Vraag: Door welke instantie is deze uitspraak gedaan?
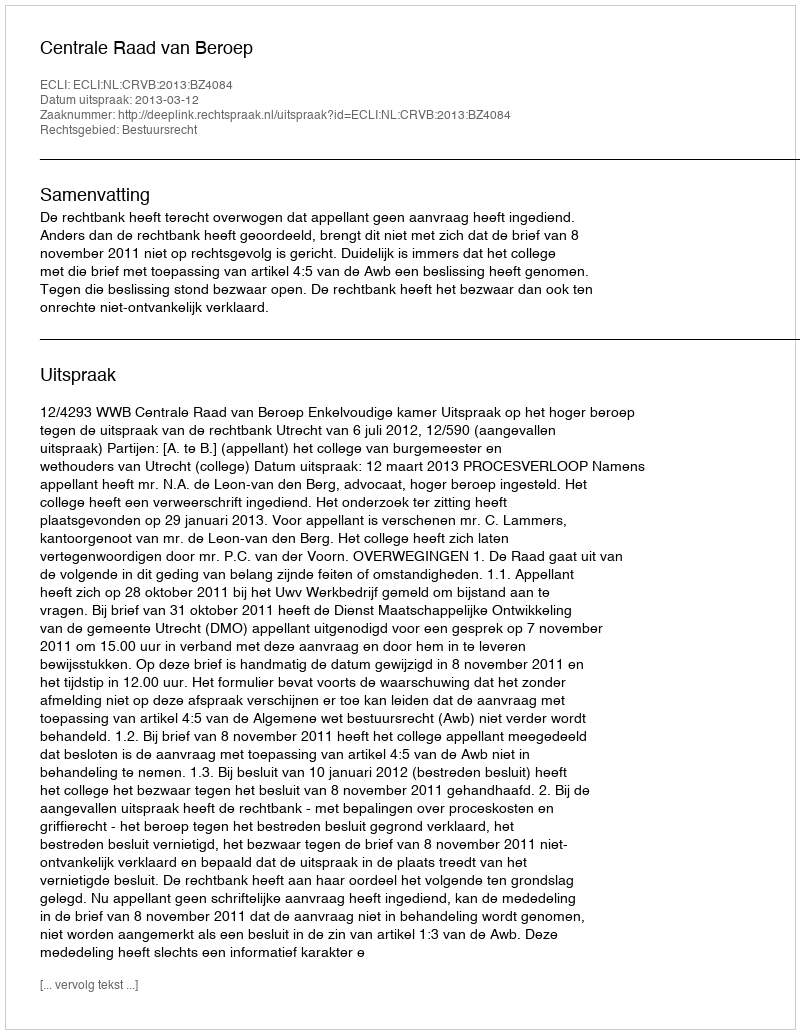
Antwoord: Centrale Raad van Beroep